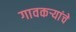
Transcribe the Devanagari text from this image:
गावकर्‍यांचे